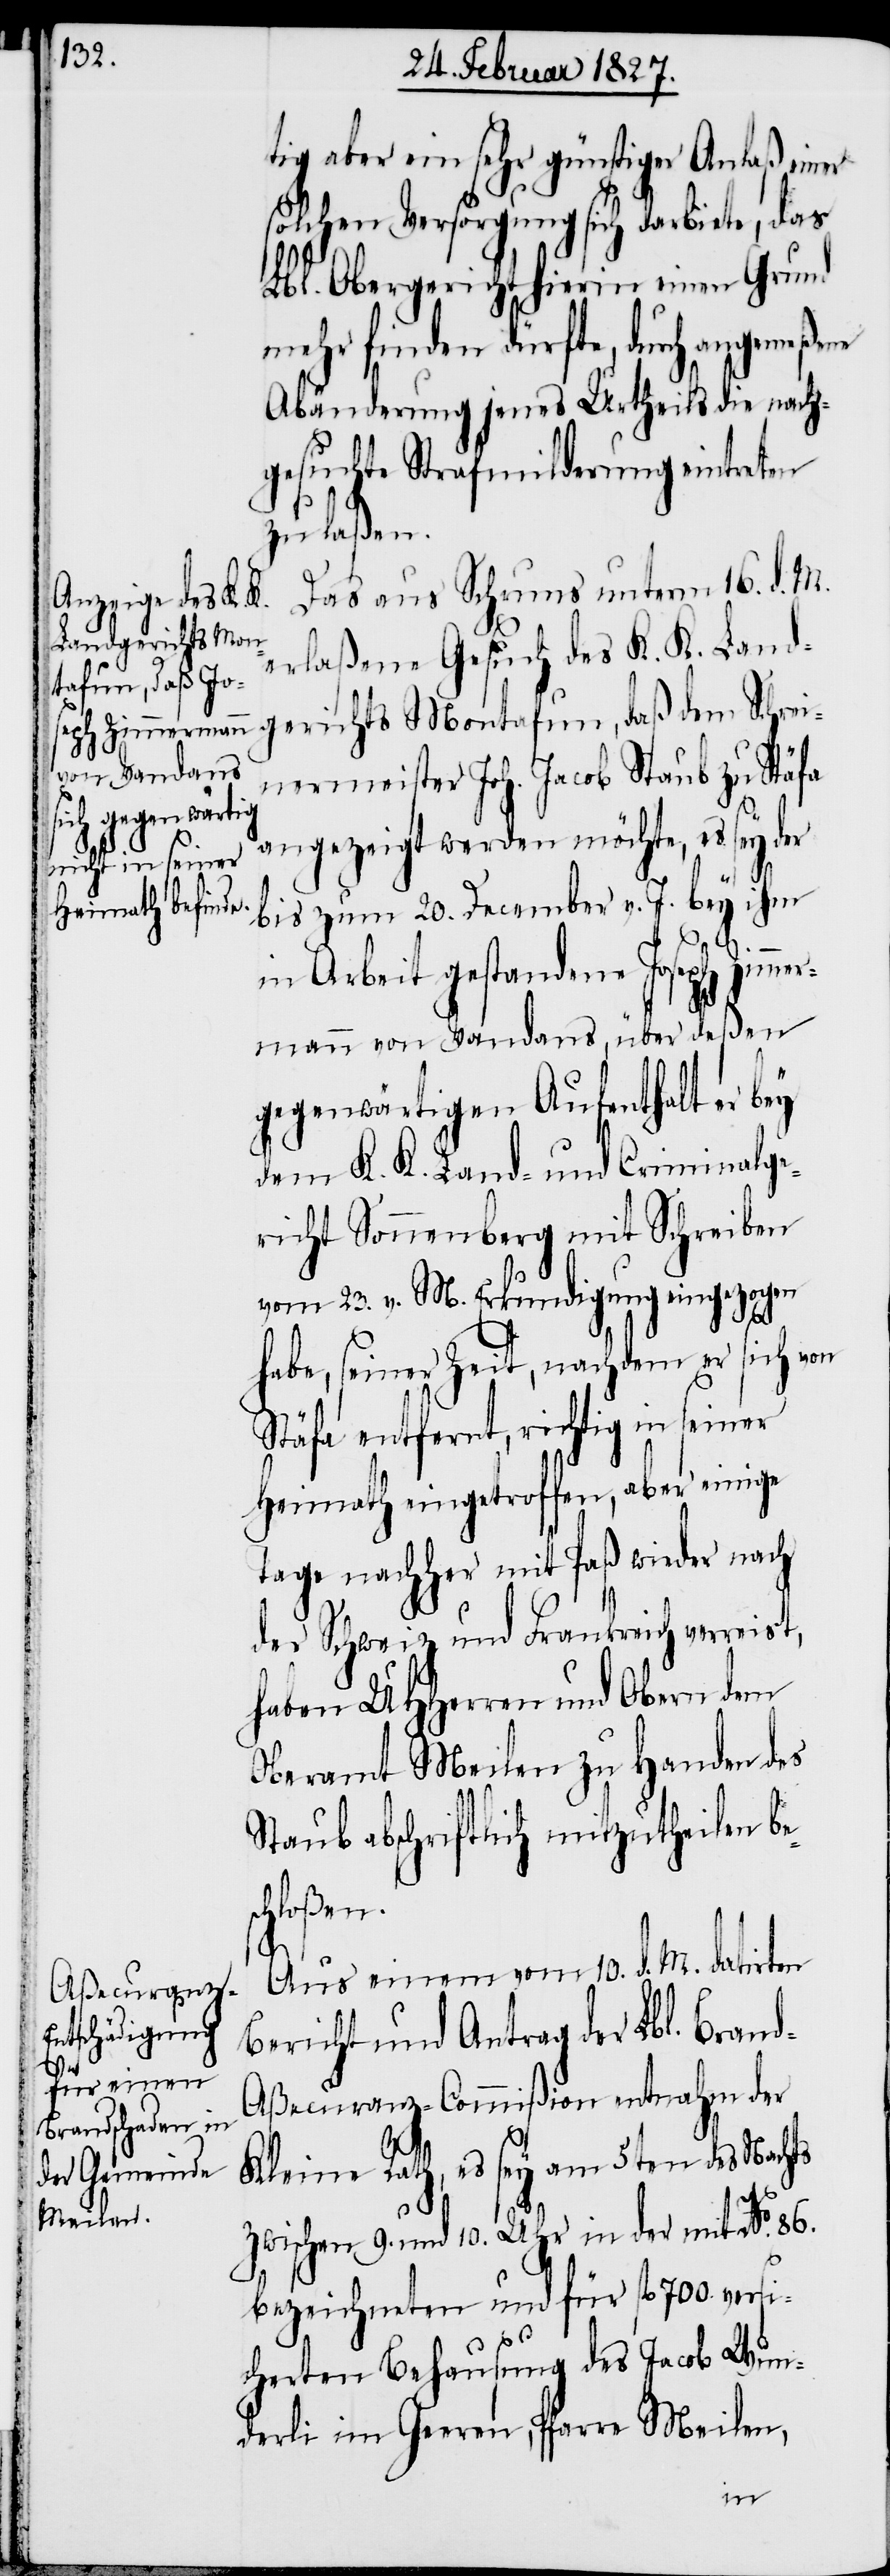
er¬

tig aber ein sehr günstiger Anlaß einer
solchen Versorgung sich darbiete, das
Lbl. Obergericht hierin einen Grund
mehr finden dürfte, durch angemeßene
Abänderung jenes Urtheils die nach¬
gesuchte Strafmilderung eintreten
zu laßen.
Das aus Schruns unterm 16. d. M.
erlaßene Gesuch des K. K. Land¬
gerichts Montafun, daß dem Schrei¬
nermeister Joh. Jacob Staub zu Stäfa
angezeigt werden möchte, es sey der
bis zum 20. December v. J. bey ihm
in Arbeit gestandene Joseph Zimm¬
mann von Vandans, über deßen
gegenwärtigen Aufenthalt er bey
dem K. K. Land- und Criminalge¬
richt Sonnenberg mit Schreiben
vom 23. v. M. Erkundigung eingezogen
habe, seiner Zeit, nachdem er sich von
Stäfa entfernt, richtig in seiner
Heimath eingetroffen, aber einige
Tage nachher mit Paß wieder nach
der Schweiz und Frankreich verreist,
haben UHHerren und Obern dem
Oberamt Meilen zu Handen des
Staub abschriftlich mitzutheilen be¬
schloßen.
Aus einem vom 10. d. M. datirten
Bericht und Antrag der Lbl. Bran¬
d-Aßecuranz-Commißion entnahm der
Kleine Rath, es sey am 5ten des Nachts
zwischen 9. und 10. Uhr in der mit No. 86.
bezeichneten und für fl. 700 versi¬
cherten Behausung des Jacob Wun¬
derli im Geeren, Pfarre Meilen,